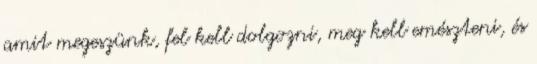
amit megeszünk, fel kell dolgozni, meg kell emészteni, és